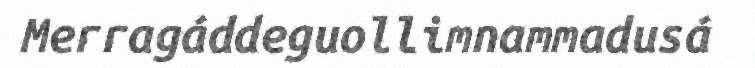
Merragáddeguollimnammadusá